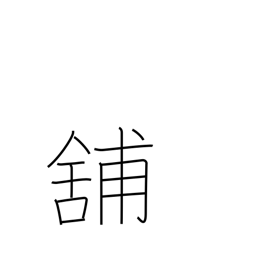
Meaning: store